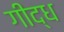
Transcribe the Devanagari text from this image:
गीद्ध